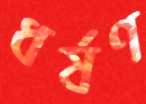
ধর্ষণ